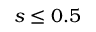
s \leq 0 . 5